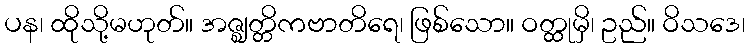
ပန၊ ထိုသို့မဟုတ်။ အဇ္ဈတ္တိကဗာတိရေ၊ ဖြစ်သော။ ဝတ္ထုမှိ၊ ဥည်။ ဝိသဒေ၊